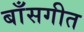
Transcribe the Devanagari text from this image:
बाँसगीत